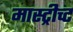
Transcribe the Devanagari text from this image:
मास्ट्रीच्ट